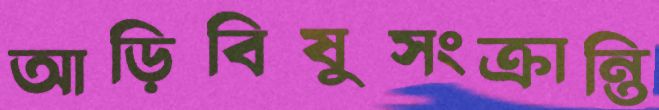
আড়িবিষুসংক্রান্তি